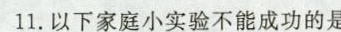
11.以下家庭小实验不能成功的是 ( )